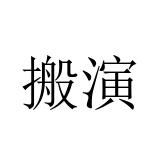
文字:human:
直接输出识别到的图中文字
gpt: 搬演